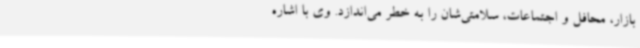
بازار، محافل و اجتماعات، سلامتی‌شان را به خطر می‌اندازد. وی با اشاره